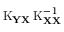
\operatorname { K } _ { \mathbf { Y X } } \operatorname { K } _ { \mathbf { X X } } ^ { - 1 }